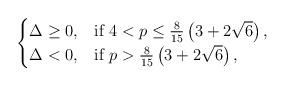
LaTeX: \begin{align*} \begin{cases} \Delta\ge 0, &\textnormal{if } 4<p\le \frac{8}{15} \left(3+2\sqrt{6}\right), \\ \Delta<0, &\textnormal{if } p>\frac{8}{15} \left(3+2\sqrt{6}\right), \end{cases}\end{align*}